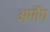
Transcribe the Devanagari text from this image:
अर्गौग